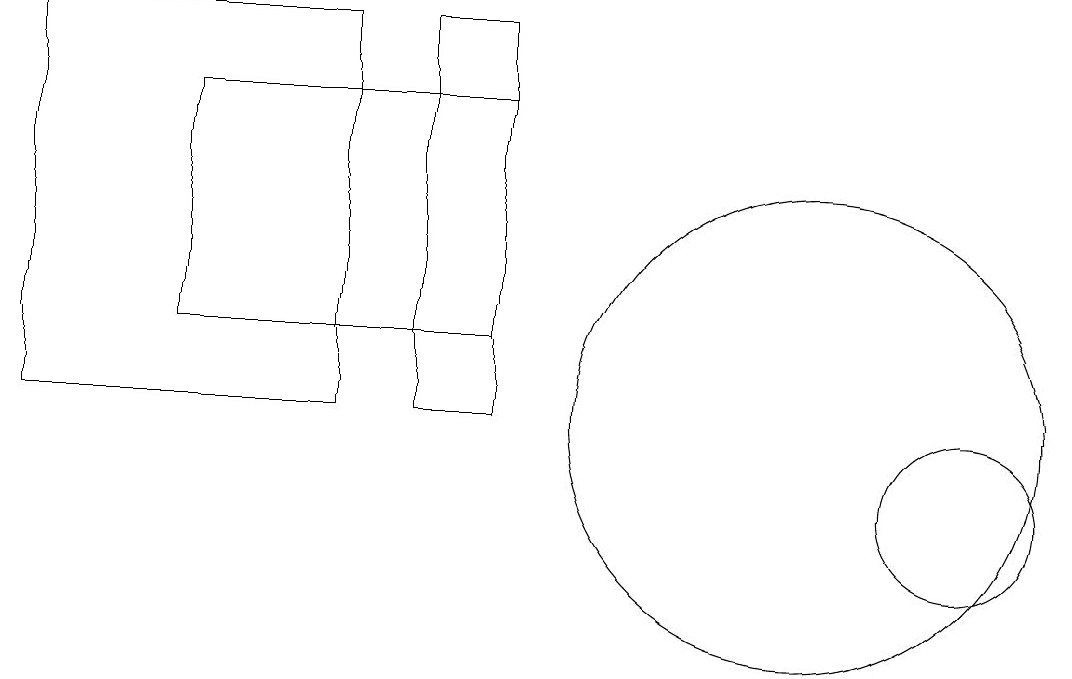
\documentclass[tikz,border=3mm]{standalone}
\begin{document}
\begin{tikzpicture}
\draw (4,16) rectangle (0,11);
\draw (5,16) rectangle (6,11);
\draw (12,10) circle (1);
\draw (2,12) rectangle (6,15);
\draw (10,11) circle (3);
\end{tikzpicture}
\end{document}